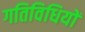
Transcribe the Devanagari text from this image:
गतिविधियों